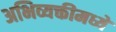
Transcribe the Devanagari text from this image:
अभिव्यक्तीमध्ये